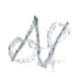
Text: of
Cross-out: zig-zag
Writing tool: pencil